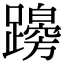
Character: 𨆭